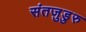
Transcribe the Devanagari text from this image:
संतजुडुरु